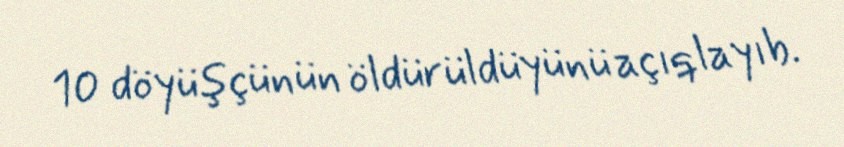
10 döyüşçünün öldürüldüyünü açıqlayıb.